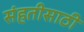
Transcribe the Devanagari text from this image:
संहतीसाठी